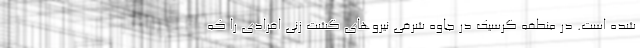
شده است. در منطقه گرسیک در جاوه شرقی نیروهای گشت زنی افرادی را که